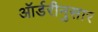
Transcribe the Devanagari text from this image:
ऑर्डरीनुसार